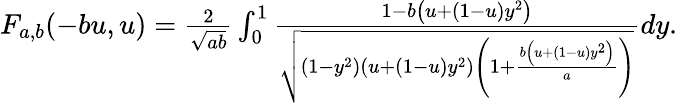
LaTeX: \begin{array}{r}{F_{a,b}(-bu,u)=\frac{2}{\sqrt{ab}}\int_{0}^{1}\frac{1-b\left(u+(1-u)y^{2}\right)}{\sqrt{\left(1-y^{2}\right)\left(u+(1-u)y^{2}\right)\left(1+\frac{b\left(u+(1-u)y^{2}\right)}{a}\right)}}dy.}\end{array}